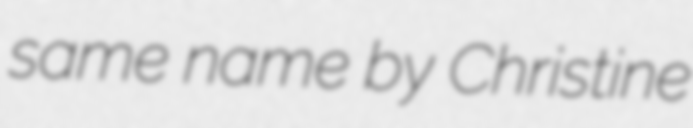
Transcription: same name by Christine